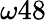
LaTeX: \omega 48